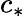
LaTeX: c_{*}